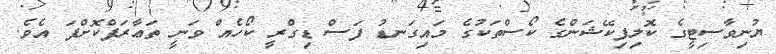
ޔުނިވާސިޓީގެ ކޮލިފިކޭޝަންގެ ކޯސްތަކުގެ މައިގަނޑު ފަސް ޑިގްރީ ކޯހެއް ވަނީ ތަޢާރަފްކޮށްފަ އެވެ.